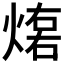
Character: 𤌕